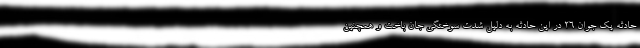
حادثه یک جوان ۲۶ در این حادثه به دلیل شدت سوختگی جان باخت و همچنین